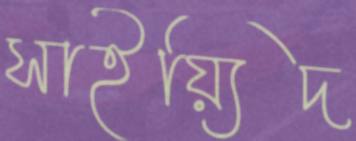
সাইয়্যিদ